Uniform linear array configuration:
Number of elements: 24
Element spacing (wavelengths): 1
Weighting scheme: uniform
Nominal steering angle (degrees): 60
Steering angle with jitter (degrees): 60.26
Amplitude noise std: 0.05
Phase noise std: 0.05

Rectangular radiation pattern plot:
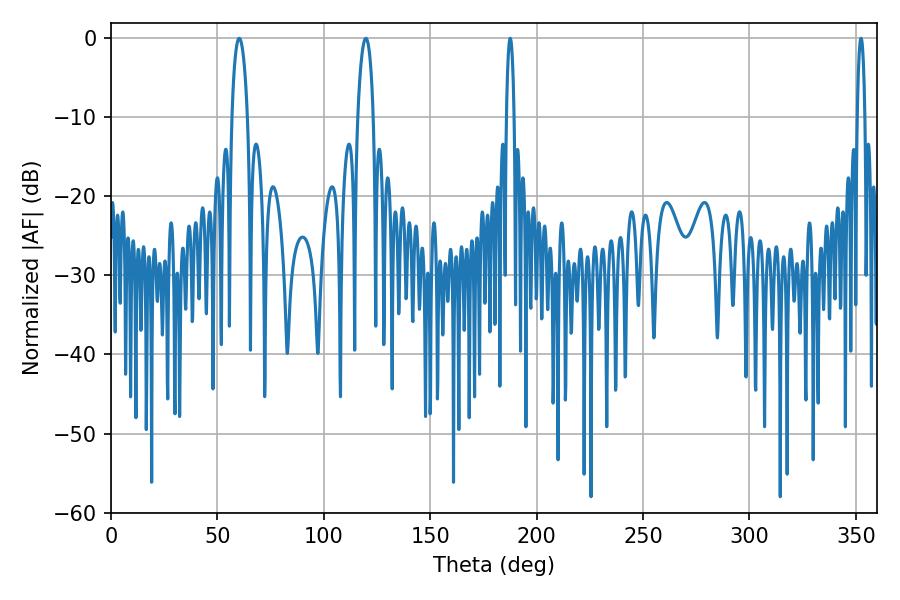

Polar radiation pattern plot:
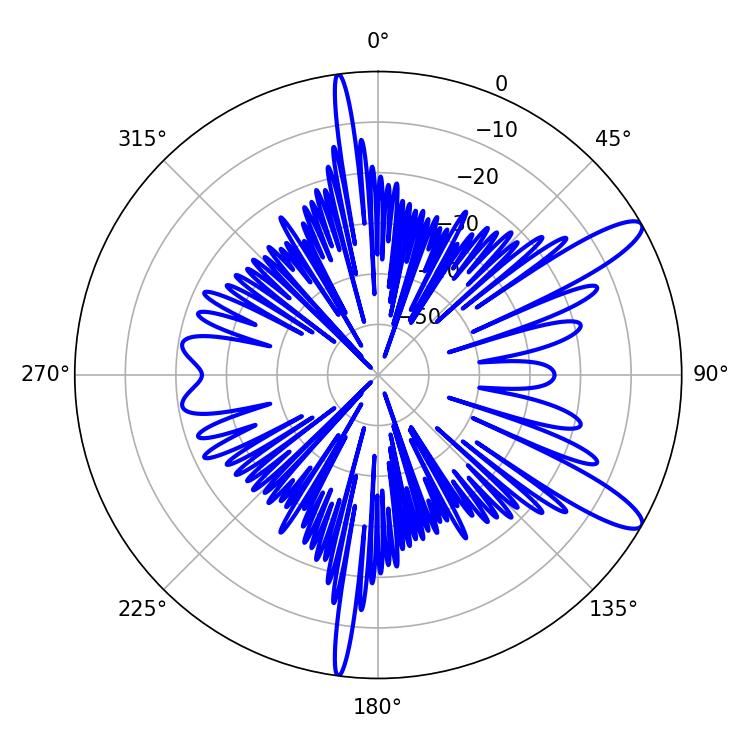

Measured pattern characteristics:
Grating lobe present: TRUE
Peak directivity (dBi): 11.889
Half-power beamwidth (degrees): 1.98
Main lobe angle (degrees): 187.56